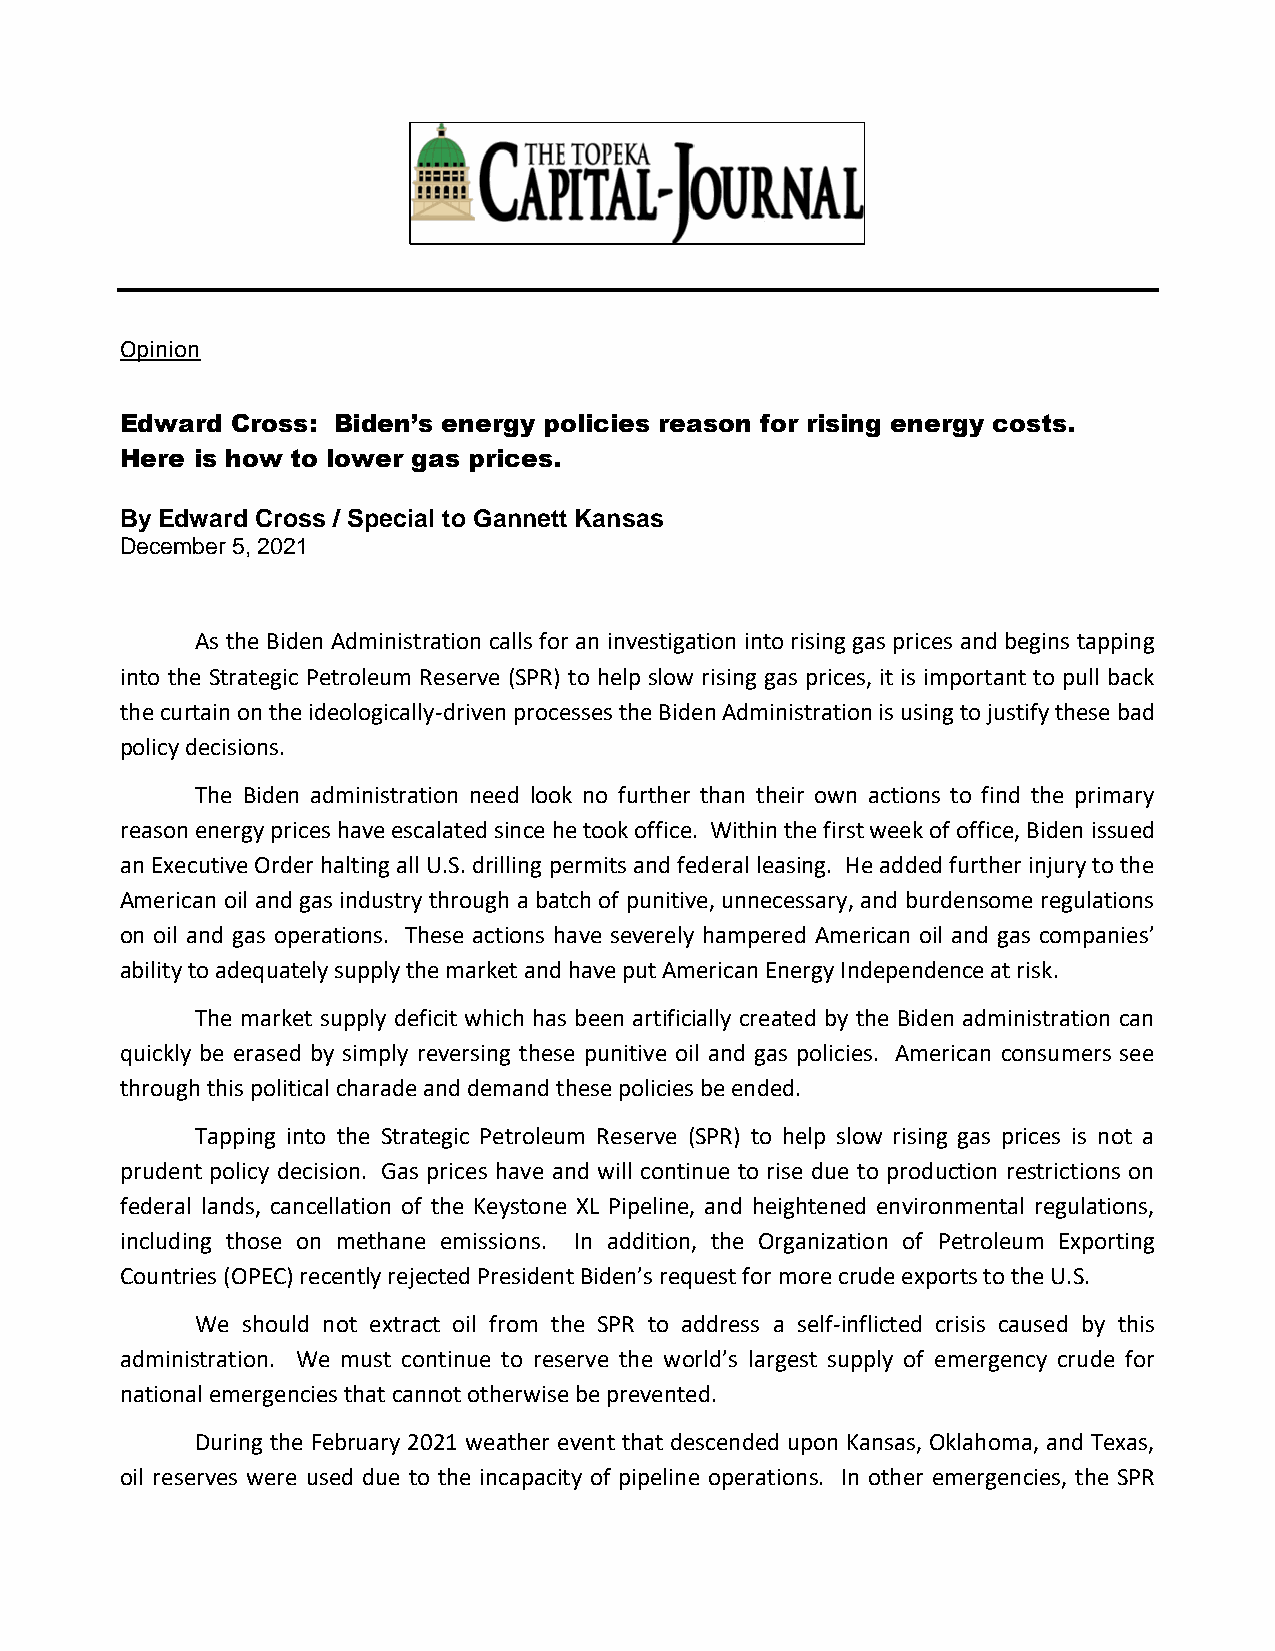
Opinion
 Edward Cross: Biden’s energy policies reason for rising energy costs.
 Here is how to lower gas prices.
 By Edward Cross / Special to Gannett Kansas
 December 5, 2021
 As the Biden Administration calls for an investigation into rising gas prices and begins tapping
 into the Strategic Petroleum Reserve (SPR) to help slow rising gas prices, it is important to pull back
 the curtain on the ideologically-driven processes the Biden Administration is using to justify these bad
 policy decisions.
 The Biden administration need look no further than their own actions to find the primary
 reason energy prices have escalated since he took office. Within the first week of office, Biden issued
 an Executive Order halting all U.S. drilling permits and federal leasing. He added further injury to the
 American oil and gas industry through a batch of punitive, unnecessary, and burdensome regulations
 on oil and gas operations. These actions have severely hampered American oil and gas companies’
 ability to adequately supply the market and have put American Energy Independence at risk.
 The market supply deficit which has been artificially created by the Biden administration can
 quickly be erased by simply reversing these punitive oil and gas policies. American consumers see
 through this political charade and demand these policies be ended.
 Tapping into the Strategic Petroleum Reserve (SPR) to help slow rising gas prices is not a
 prudent policy decision. Gas prices have and will continue to rise due to production restrictions on
 federal lands, cancellation of the Keystone XL Pipeline, and heightened environmental regulations,
 including those on methane emissions. In addition, the Organization of Petroleum Exporting
 Countries (OPEC) recently rejected President Biden’s request for more crude exports to the U.S.
 We should not extract oil from the SPR to address a self-inflicted crisis caused by this
 administration. We must continue to reserve the world’s largest supply of emergency crude for
 national emergencies that cannot otherwise be prevented.
 During the February 2021 weather event that descended upon Kansas, Oklahoma, and Texas,
 oil reserves were used due to the incapacity of pipeline operations. In other emergencies, the SPR